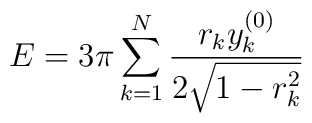
E = 3 \pi \sum_{k=1}^{N} \frac{r_{k} y_{k}^{(0)}}{2\sqrt{1-r_{k}^{2}} }